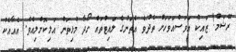
ރޭޝަމް! ޒައިކް އަވަސްއަވަހަށް ތެދުވެ އެތަނުގެ ލައިޓްތައް ހޯދާ މުޅިތަން އަލިކޮށްލިއެވެ. އެއާއެކު